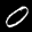
Label: 0